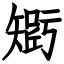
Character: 𥏾